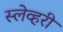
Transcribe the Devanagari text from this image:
स्लेव्हरी